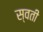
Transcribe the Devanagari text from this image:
स्वती